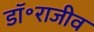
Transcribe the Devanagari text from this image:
डॉ॰राजीव